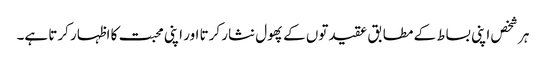
ہر شخص اپنی بساط کے مطابق عقیدتوں کے پھول نثار کرتا اور اپنی محبت کا اظہار کرتا ہے۔